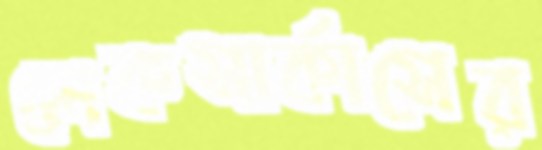
লেকসার্কাসের